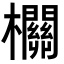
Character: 𣠸